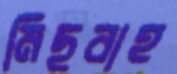
মিছবাহ